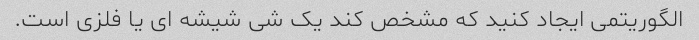
الگوریتمی ایجاد کنید که مشخص کند یک شی شیشه ای یا فلزی است.